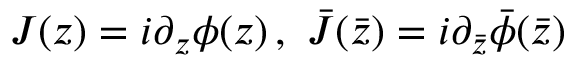
J ( z ) = i \partial _ { z } \phi ( z ) \, , \, \, \bar { J } ( \bar { z } ) = i \partial _ { \bar { z } } \bar { \phi } ( \bar { z } )